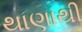
થાણાથી